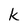
Character: k